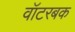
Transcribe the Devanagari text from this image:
वॉटरबक